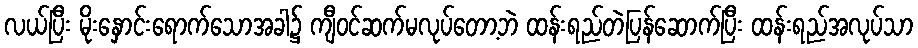
လယ်ပြီး မိုးနှောင်းရောက်သောအခါ၌ ကျီဝင်ဆက်မလုပ်တော့ဘဲ ထန်းရည်တဲပြန်ဆောက်ပြီး ထန်းရည်အလုပ်သာ